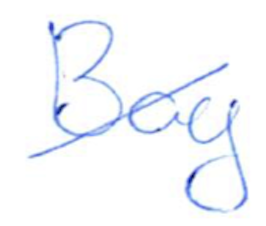
Text: Bay
Cross-out: mix
Writing tool: ballpoint